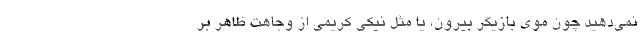
نمی‌دهید چون موی بازیگر بیرون، یا مثل نیکی کریمی از وجاهت ظاهر بر